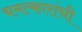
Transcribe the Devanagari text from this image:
चमत्कारांची